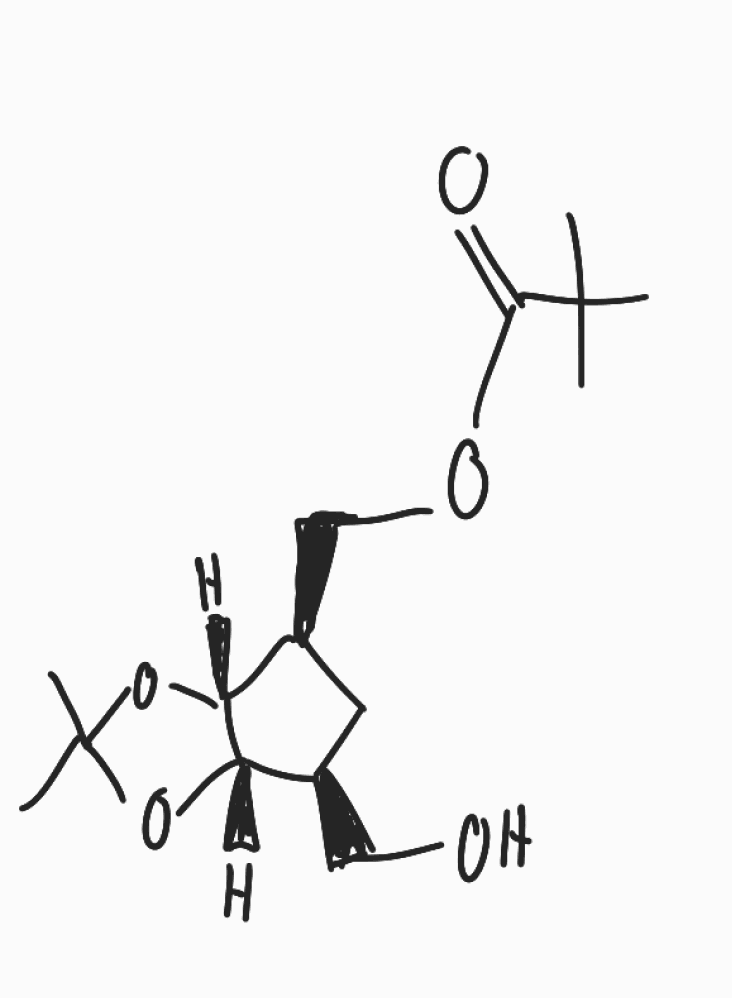
Simplified molecular-input line-entry system (SMILES) notation of the given molecule:
CC1(O[C@H]2[C@@H](C[C@@H]([C@H]2O1)COC(=O)C(C)(C)C)CO)C